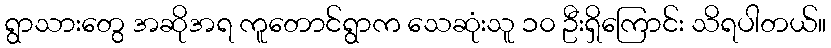
ရွာသားတွေ အဆိုအရ ကူတောင်ရွာက သေဆုံးသူ ၁၀ ဦးရှိကြောင်း သိရပါတယ်။